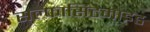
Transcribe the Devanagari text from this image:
सल्फासिटेमाइड